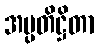
အပ္ပတိဋ္ဌိတာ